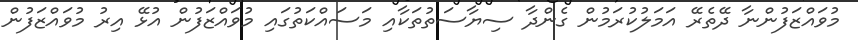
މުވައްޒަފުންނާ ދޭތެރޭ އަމަލުކުރަމުން ގެންދާ ސިޔާސަތުތަކާއި މަސައްކަތުގައި މުވައްޒަފުން އުޅޭ އިރު މުވައްޒަފުން